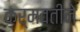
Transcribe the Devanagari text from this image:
कर्मवतीने